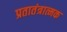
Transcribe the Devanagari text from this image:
प्रतातंत्रात्मक